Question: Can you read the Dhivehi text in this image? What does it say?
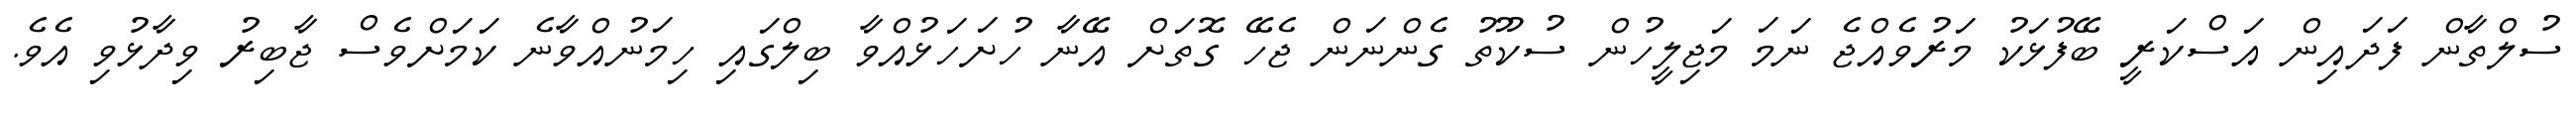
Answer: ސުލްތާން ފަދައިން އަސްކަރީ ބޭފުޅަކު މަރުވެއްޖެ ނަމަ މަޖިލީހުން ސުކޫތު ގެންނަން ޖެހޭ ގޮތަށް އޭނާ ހުށަހަޅުއްވާ ބިލްގައި ހިމަނުއްވާނެ ކަމަށްވެސް ޖާބިރު ވިދާޅުވި އެވެ.